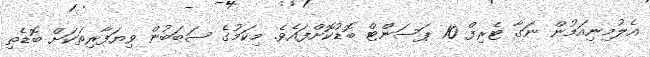
އެލުމިނިއަމުން ނަގާ ޓެރިފް 10 ޕަސަންޓް ބޮޑުކޮށްފައެވެ. މިކަމުގެ ސަބަބުން ވިޔަފާރިތަކަށް ބޮޑެތި